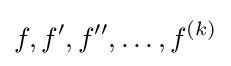
f,f',f'',\ldots ,f^{(k)}